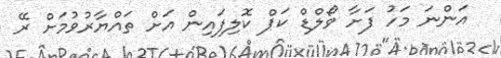
އަންނަ މަހު ފަށާ ވޯލްޑް ކަޕް ކޮލިފައިން އަށް ތައްޔާރުވުމަށް ރޭ